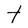
Character: t